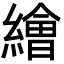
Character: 𦅩